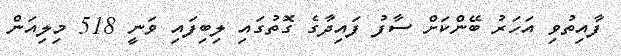
ފާއިތުވި އަހަރު ބޭންކަށް ސާފު ފައިދާގެ ގޮތުގައި ލިބިފައި ވަނީ 518 މިލިއަން